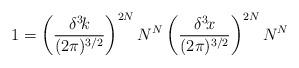
LaTeX: \begin{align*}1=\left({\delta^3\!k\over(2\pi)^{3/2}}\right)^{2N}N^N\left({\delta^3\!x\over(2\pi)^{3/2}}\right)^{2N}N^N\end{align*}